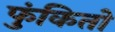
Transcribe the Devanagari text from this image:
फुंकितो